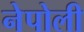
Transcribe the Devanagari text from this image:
नेपोली